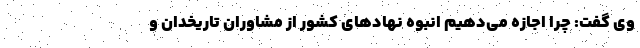
وی گفت: چرا اجازه می‌دهیم انبوه نهادهای کشور از مشاوران تاریخدان و